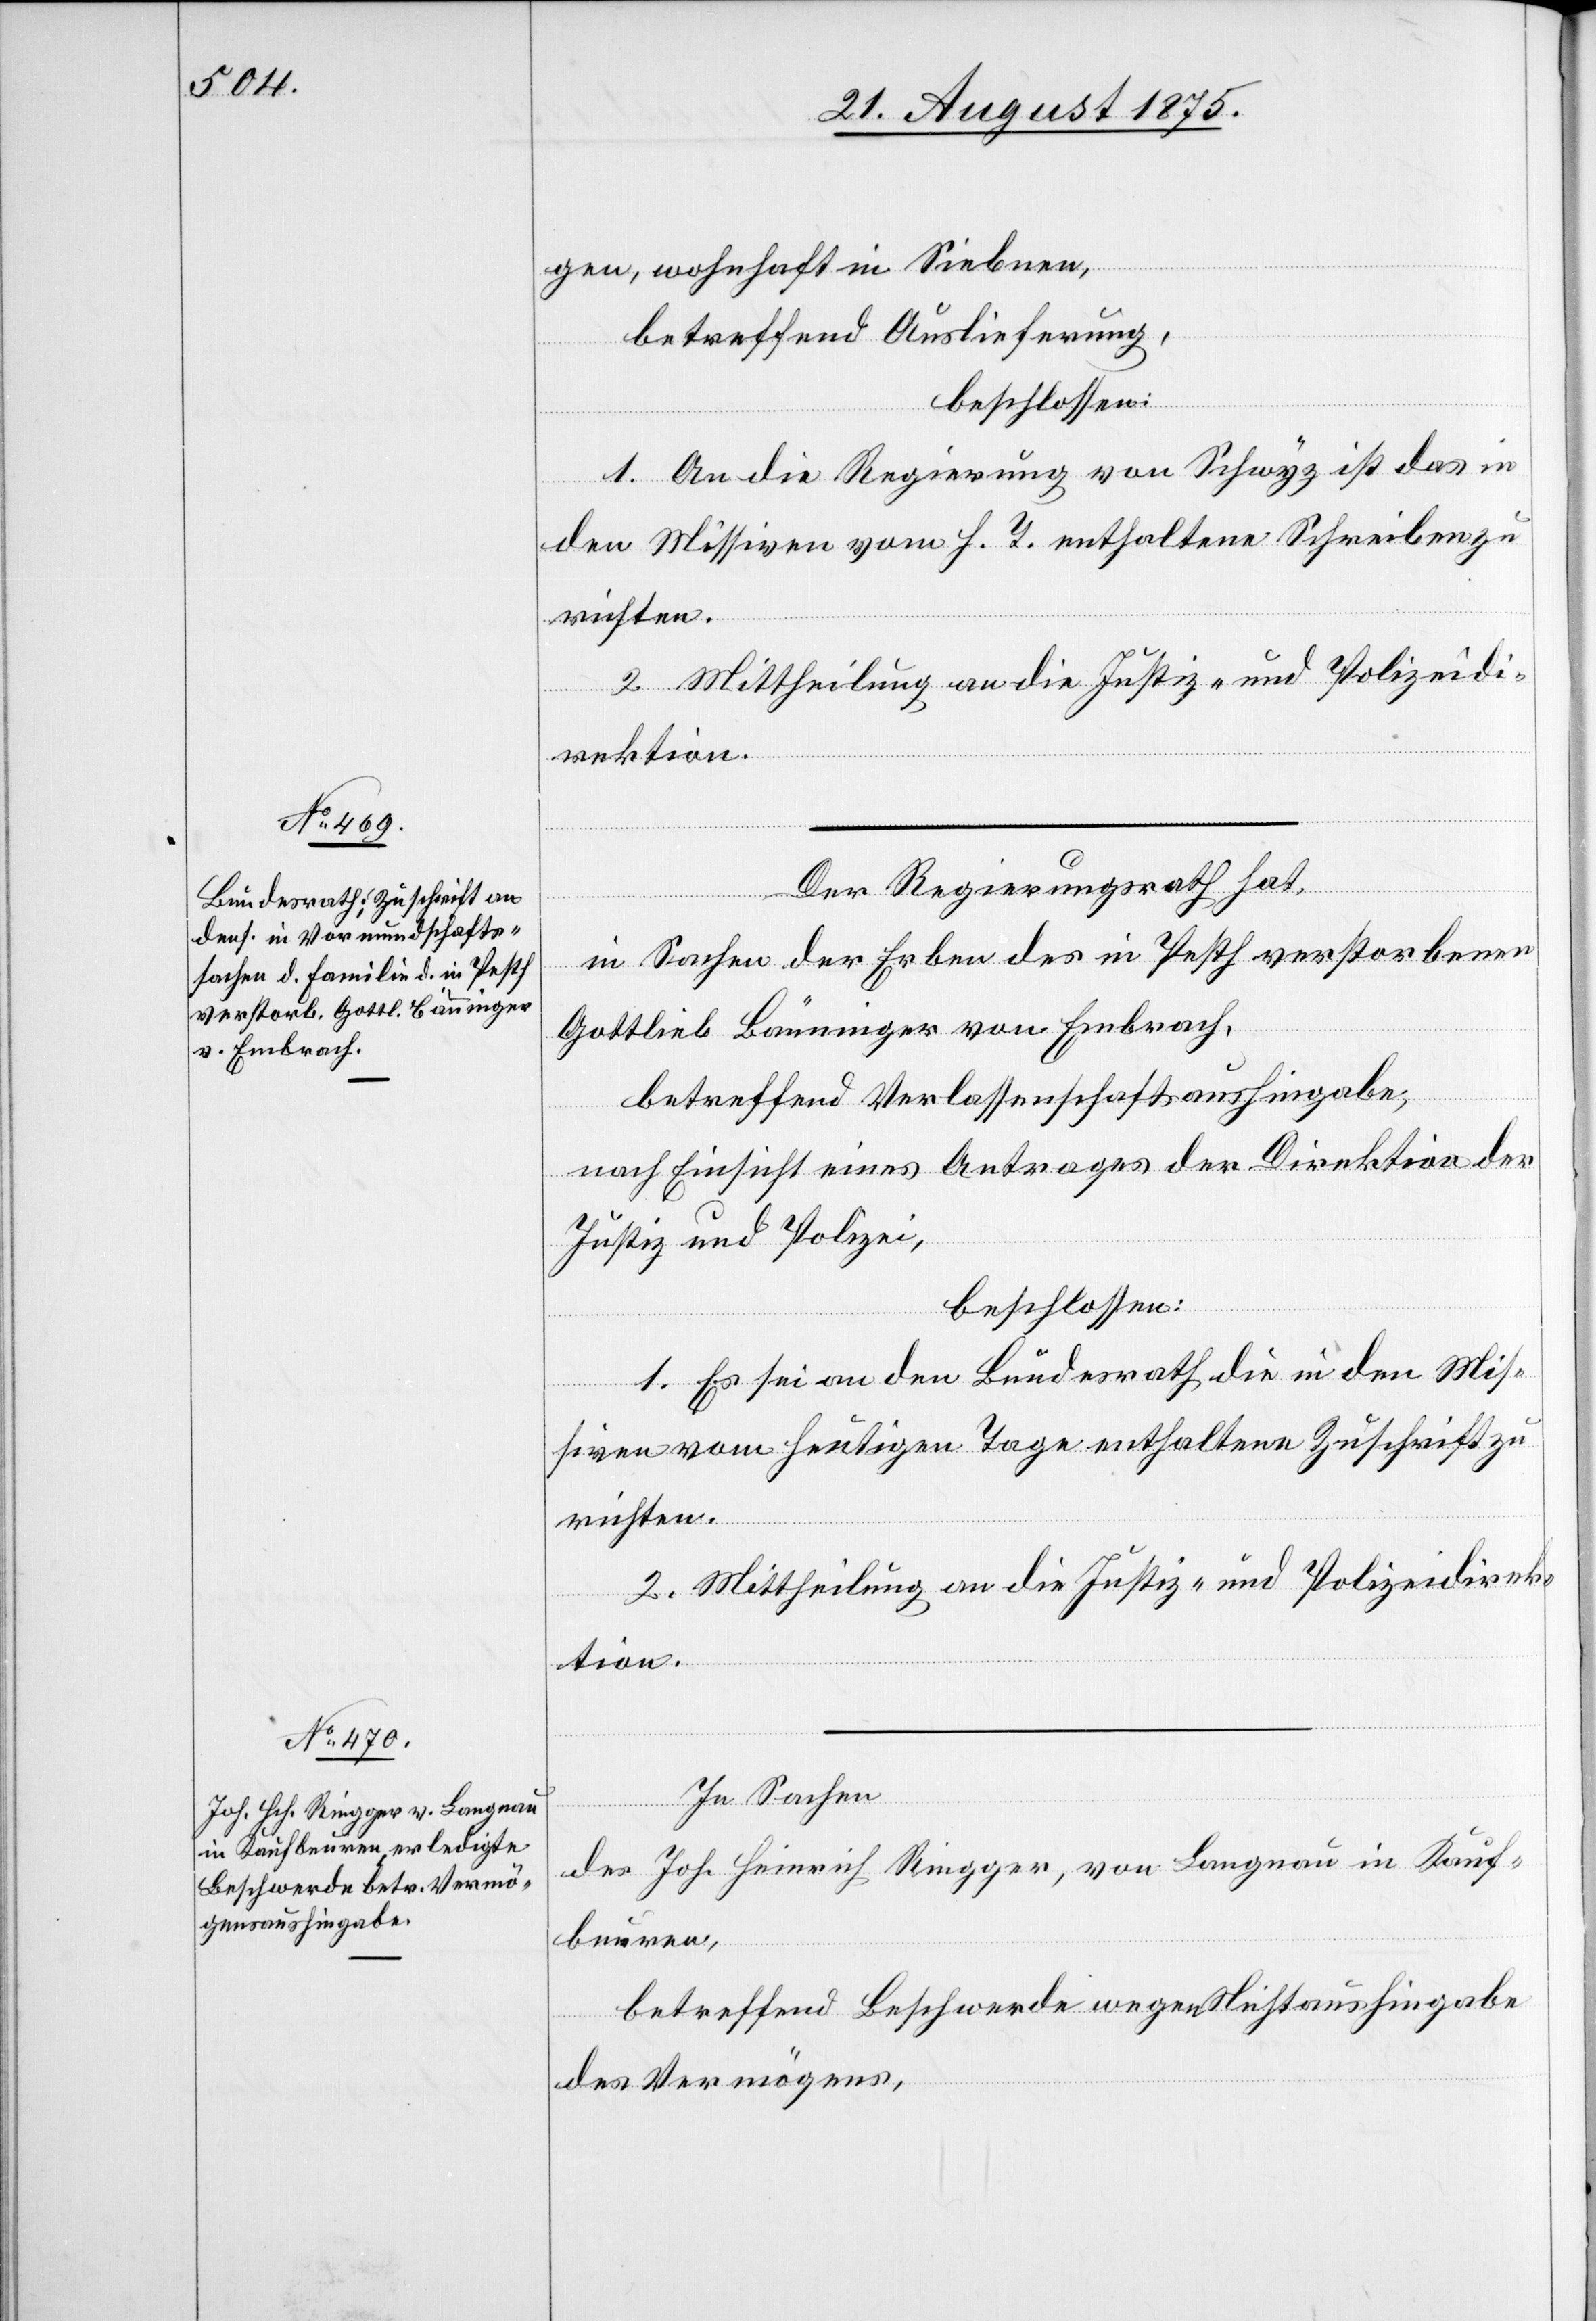
gen wohnhaft in Siebnen,
betreffend Auslieferung,
beschlossen:
1. An die Regierung von Schwyz ist das in
den Missiven vom h. T. enthaltene Schreiben zu
richten.
Der Regierungsrath hat,
in Sachen der Erben des in Pesth verstorbenen
Gottlieb Bänninger von Embrach,
betreffend Verlassenschaftsaushingabe,
nach Einsicht eines Antrages der Direktion der
Justiz und Polizei,
beschlossen:
1. Es sei an den Bundesrath die in den Mis¬
siven vom heutigen Tage enthaltene Zuschrift zu
richten.
2. Mittheilung an die Justiz- und Polizeidirek¬
tion.
In Sachen
des Joh. Heinrich Ringger, von Langnau in Kauf¬
beuren,
betreffend Beschwerde wegen Nichtaushingabe
des Vermögens,